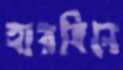
হারবিনে